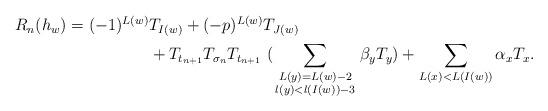
LaTeX: \begin{align*} \begin{aligned} R_n(h_w) = (-1)^{L(w)} &T_{I(w)} + (-p)^{L(w)} T_{J(w)} \\ &+ T_{t_{n+1}}T_{\sigma_{n}}T_{t_{n+1}} \ (\sum_{\begin{smallmatrix}L(y)=L(w)-2\\ l(y)<l(I(w))-3 \end{smallmatrix}} \beta_y T_y )+ \sum_{L(x)< L(I(w))} \alpha_x T_x.\end{aligned} \end{align*}